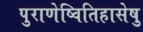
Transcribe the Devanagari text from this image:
पुराणेष्वितिहासेषु